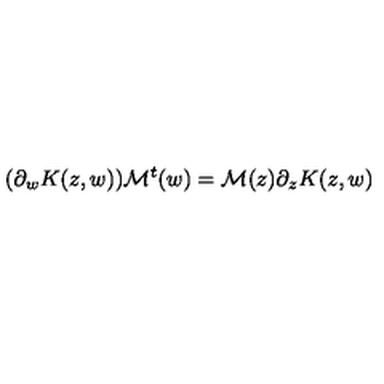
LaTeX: ( \partial _ { w } K ( z , w ) ) { \cal M } ^ { t } ( w ) = { \cal M } ( z ) \partial _ { z } K ( z , w )